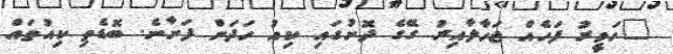
"ހަވީރު ފަހެއް ޖަހާލާއިރު ގޭގެ ދޮށުގައި ކިއު ހަދަން ފަށާނެ. ބޮޑެތި ކިއުތައް